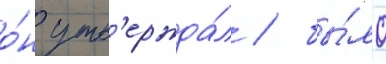
о́н утв'ержда́л / бы́ло